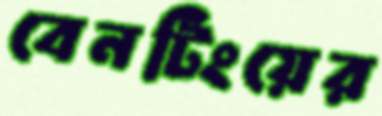
বেনটিংয়ের